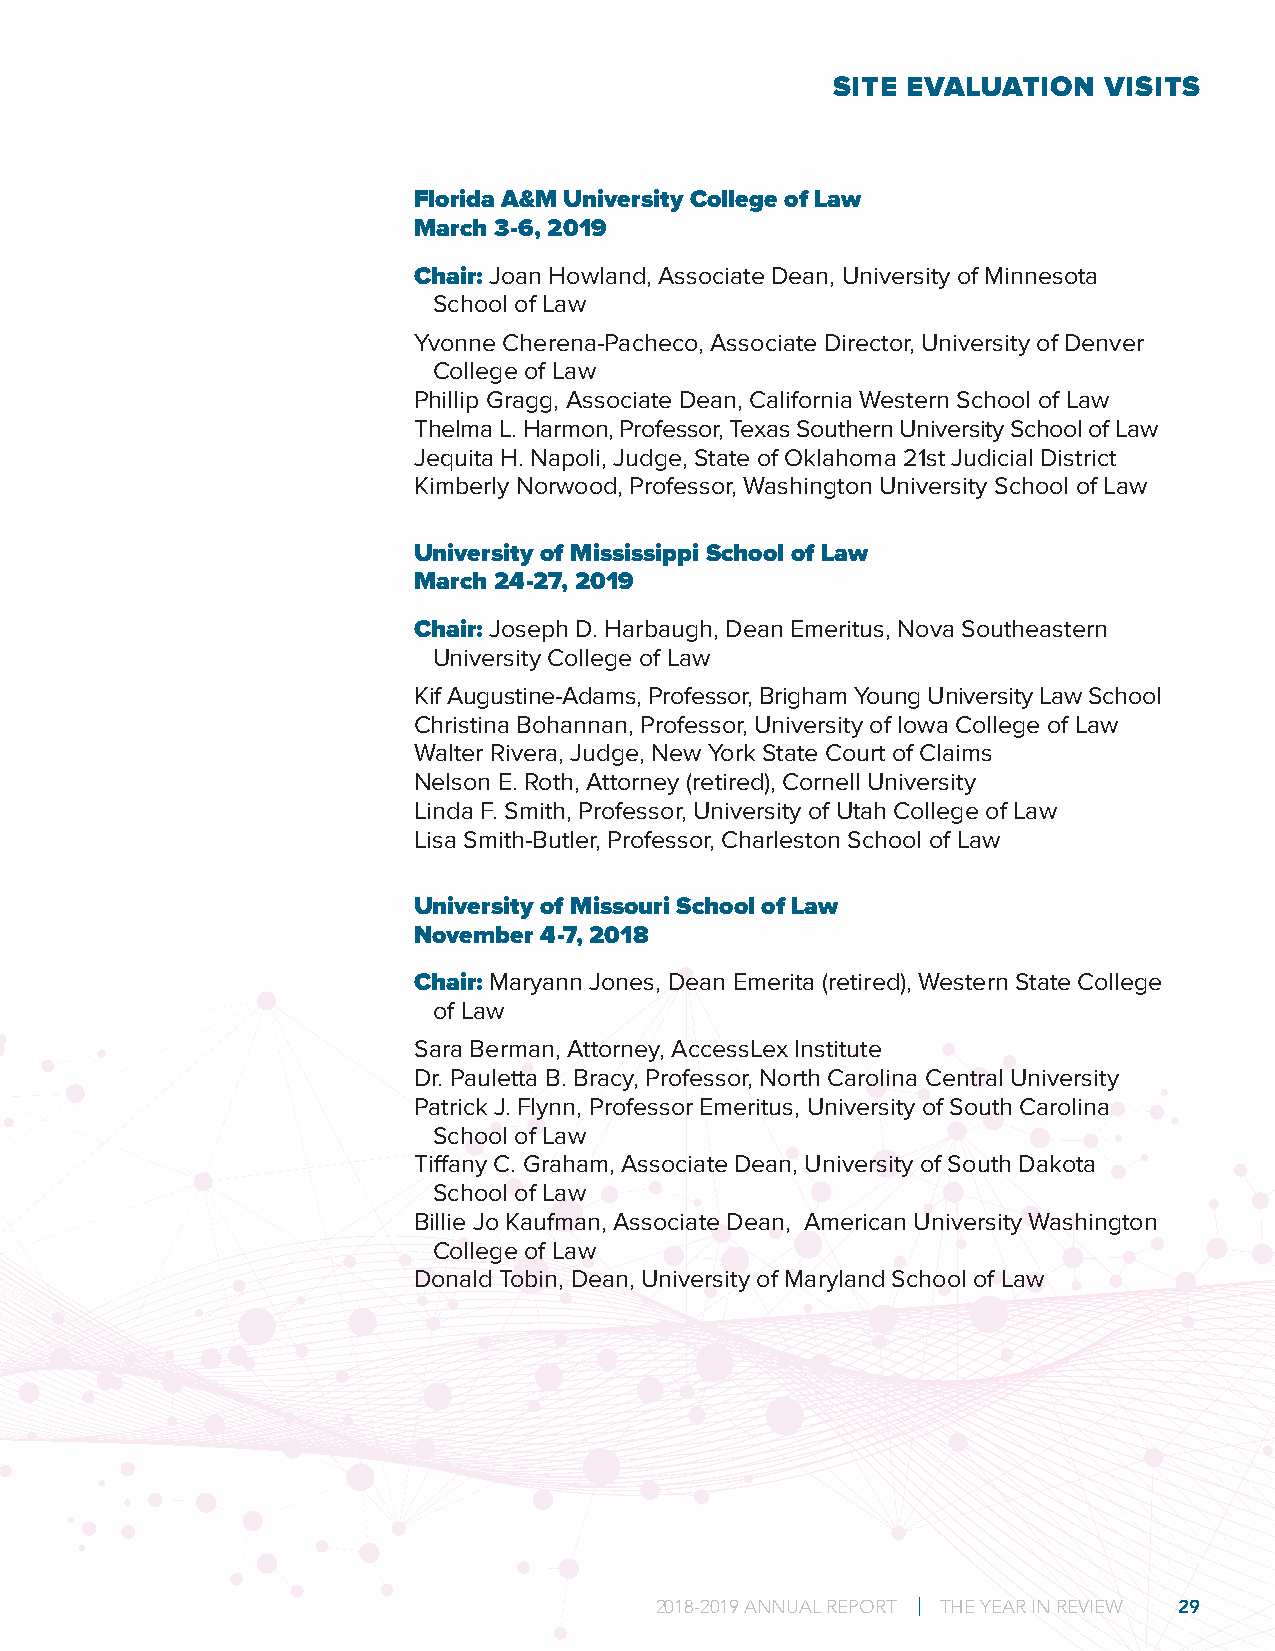
SITE EVALUATION   VISITS
 Florida A&M University College of Law
 March 3-6, 2019
 Chair: Joan Howland, Associate Dean, University of Minnesota
 School of Law
 Yvonne Cherena-Pacheco, Associate Director, University of Denver
 College of Law
 Phillip Gragg, Associate Dean, California Western School of Law
 Thelma L. Harmon, Professor, Texas Southern University School of Law
 Jequita H. Napoli, Judge, State of Oklahoma 21st Judicial District
 Kimberly Norwood, Professor, Washington University School of Law
 University of Mississippi School of Law
 March 24-27, 2019
 Chair: Joseph D. Harbaugh, Dean Emeritus, Nova Southeastern
 University College of Law
 Kif Augustine-Adams, Professor, Brigham Young University Law School
 Christina Bohannan, Professor, University of Iowa College of Law
 Walter Rivera, Judge, New York State Court of Claims
 Nelson E. Roth, Attorney (retired), Cornell University
 Linda F. Smith, Professor, University of Utah College of Law
 Lisa Smith-Butler, Professor, Charleston School of Law
 University of Missouri School of Law
 November 4-7, 2018
 Chair: Maryann Jones, Dean Emerita (retired), Western State College
 of Law
 Sara Berman, Attorney, AccessLex Institute
 Dr. Pauletta B. Bracy, Professor, North Carolina Central University
 Patrick J. Flynn, Professor Emeritus, University of South Carolina
 School of Law
 Tiffany C. Graham, Associate Dean, University of South Dakota
 School of Law
 Billie Jo Kaufman, Associate Dean, American University Washington
 College of Law
 Donald Tobin, Dean, University of Maryland School of Law
 2018-2019 ANNUAL REPORT | THE YEAR IN REVIEW 29